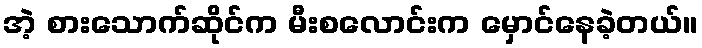
အဲ့ စားသောက်ဆိုင်က မီးစလောင်းက မှောင်နေခဲ့တယ်။